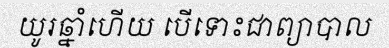
យូរឆ្នាំហើយ បើទោះជាព្យាបាល